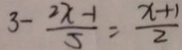
3 - \frac { 2 x - 1 } { 5 } = \frac { x + 1 } { 2 }